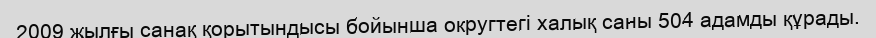
2009 жылғы санақ қорытындысы бойынша округтегі халық саны 504 адамды құрады.